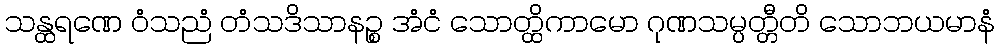
သန္ထရဏေ ဝံသညံ တံသဒိသာနဉ္စ အံငံ သောတ္ထိကာမော ဂုဏသမ္ပတ္တီတိ သောဘယမာနံ